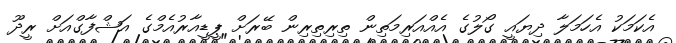
އެކަމަކު އެހަމަލާ ދިޔައީ ގޯލުގެ އެއްއަރިމަތިން ތިރިތިރިން ބޭރަށް ޕީޑީއާރުއެމްގެ އަޝްފާގްއަށް ރީދޫ